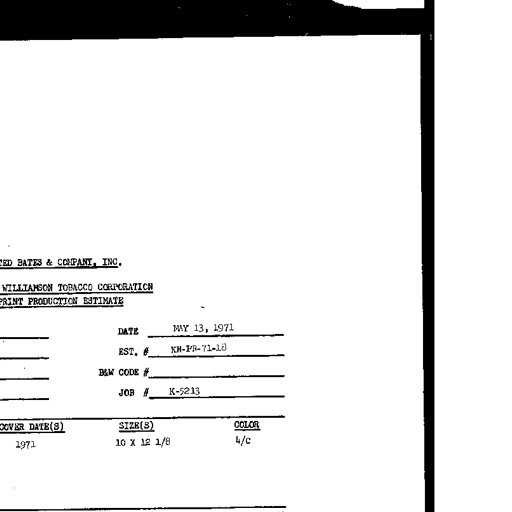
TED BATES & COMPANY, INC.
WILLIAMSON TOBACCO CORPORATION
PRINT PRODUCTION ESTIMATE
DATE MAY 13, 1971
EST. # KN-PR-71-18
B&W CODE #
JOB # K-5213
COVER DATE(S) SIZE(S) COLOR
1971 10 X 12 1/8 4/c